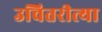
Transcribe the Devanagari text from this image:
उचितरीत्या